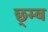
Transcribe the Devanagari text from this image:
छ्म्ब